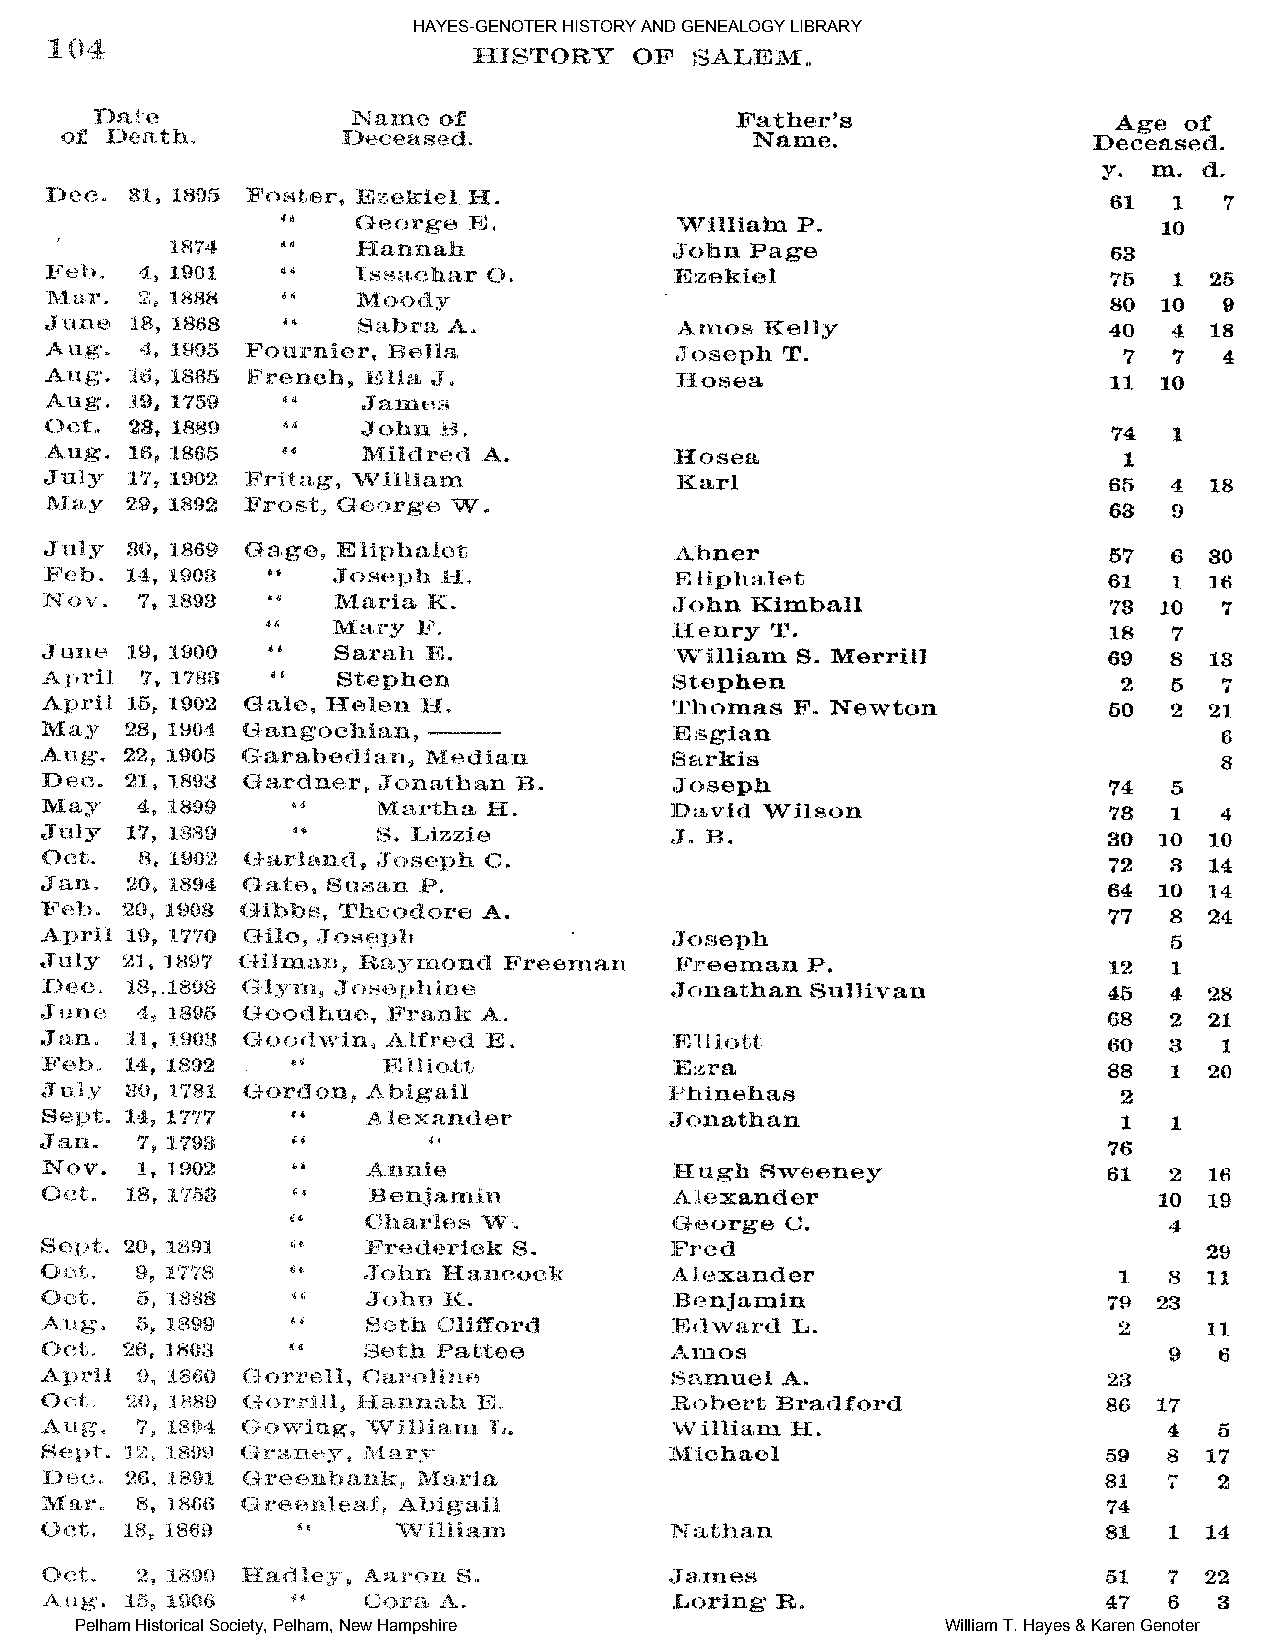
HAYES-GENOTER HISTORY AND GENEALOGY LIBRARY
 Pelham Historical Society, Pelham, New Hampshire          William T. Hayes & Karen Genoter